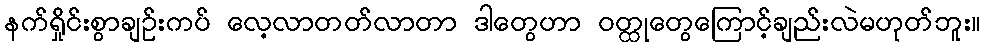
နက်ရှိုင်းစွာချဉ်းကပ် လေ့လာတတ်လာတာ ဒါတွေဟာ ဝတ္ထုတွေကြောင့်ချည်းလဲမဟုတ်ဘူး။